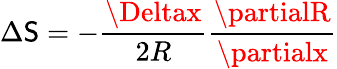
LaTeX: \Delta\mathsf{S}=-\frac{{\Deltax}}{{2R}}\frac{{\partialR}}{{\partialx}}